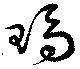
瑪